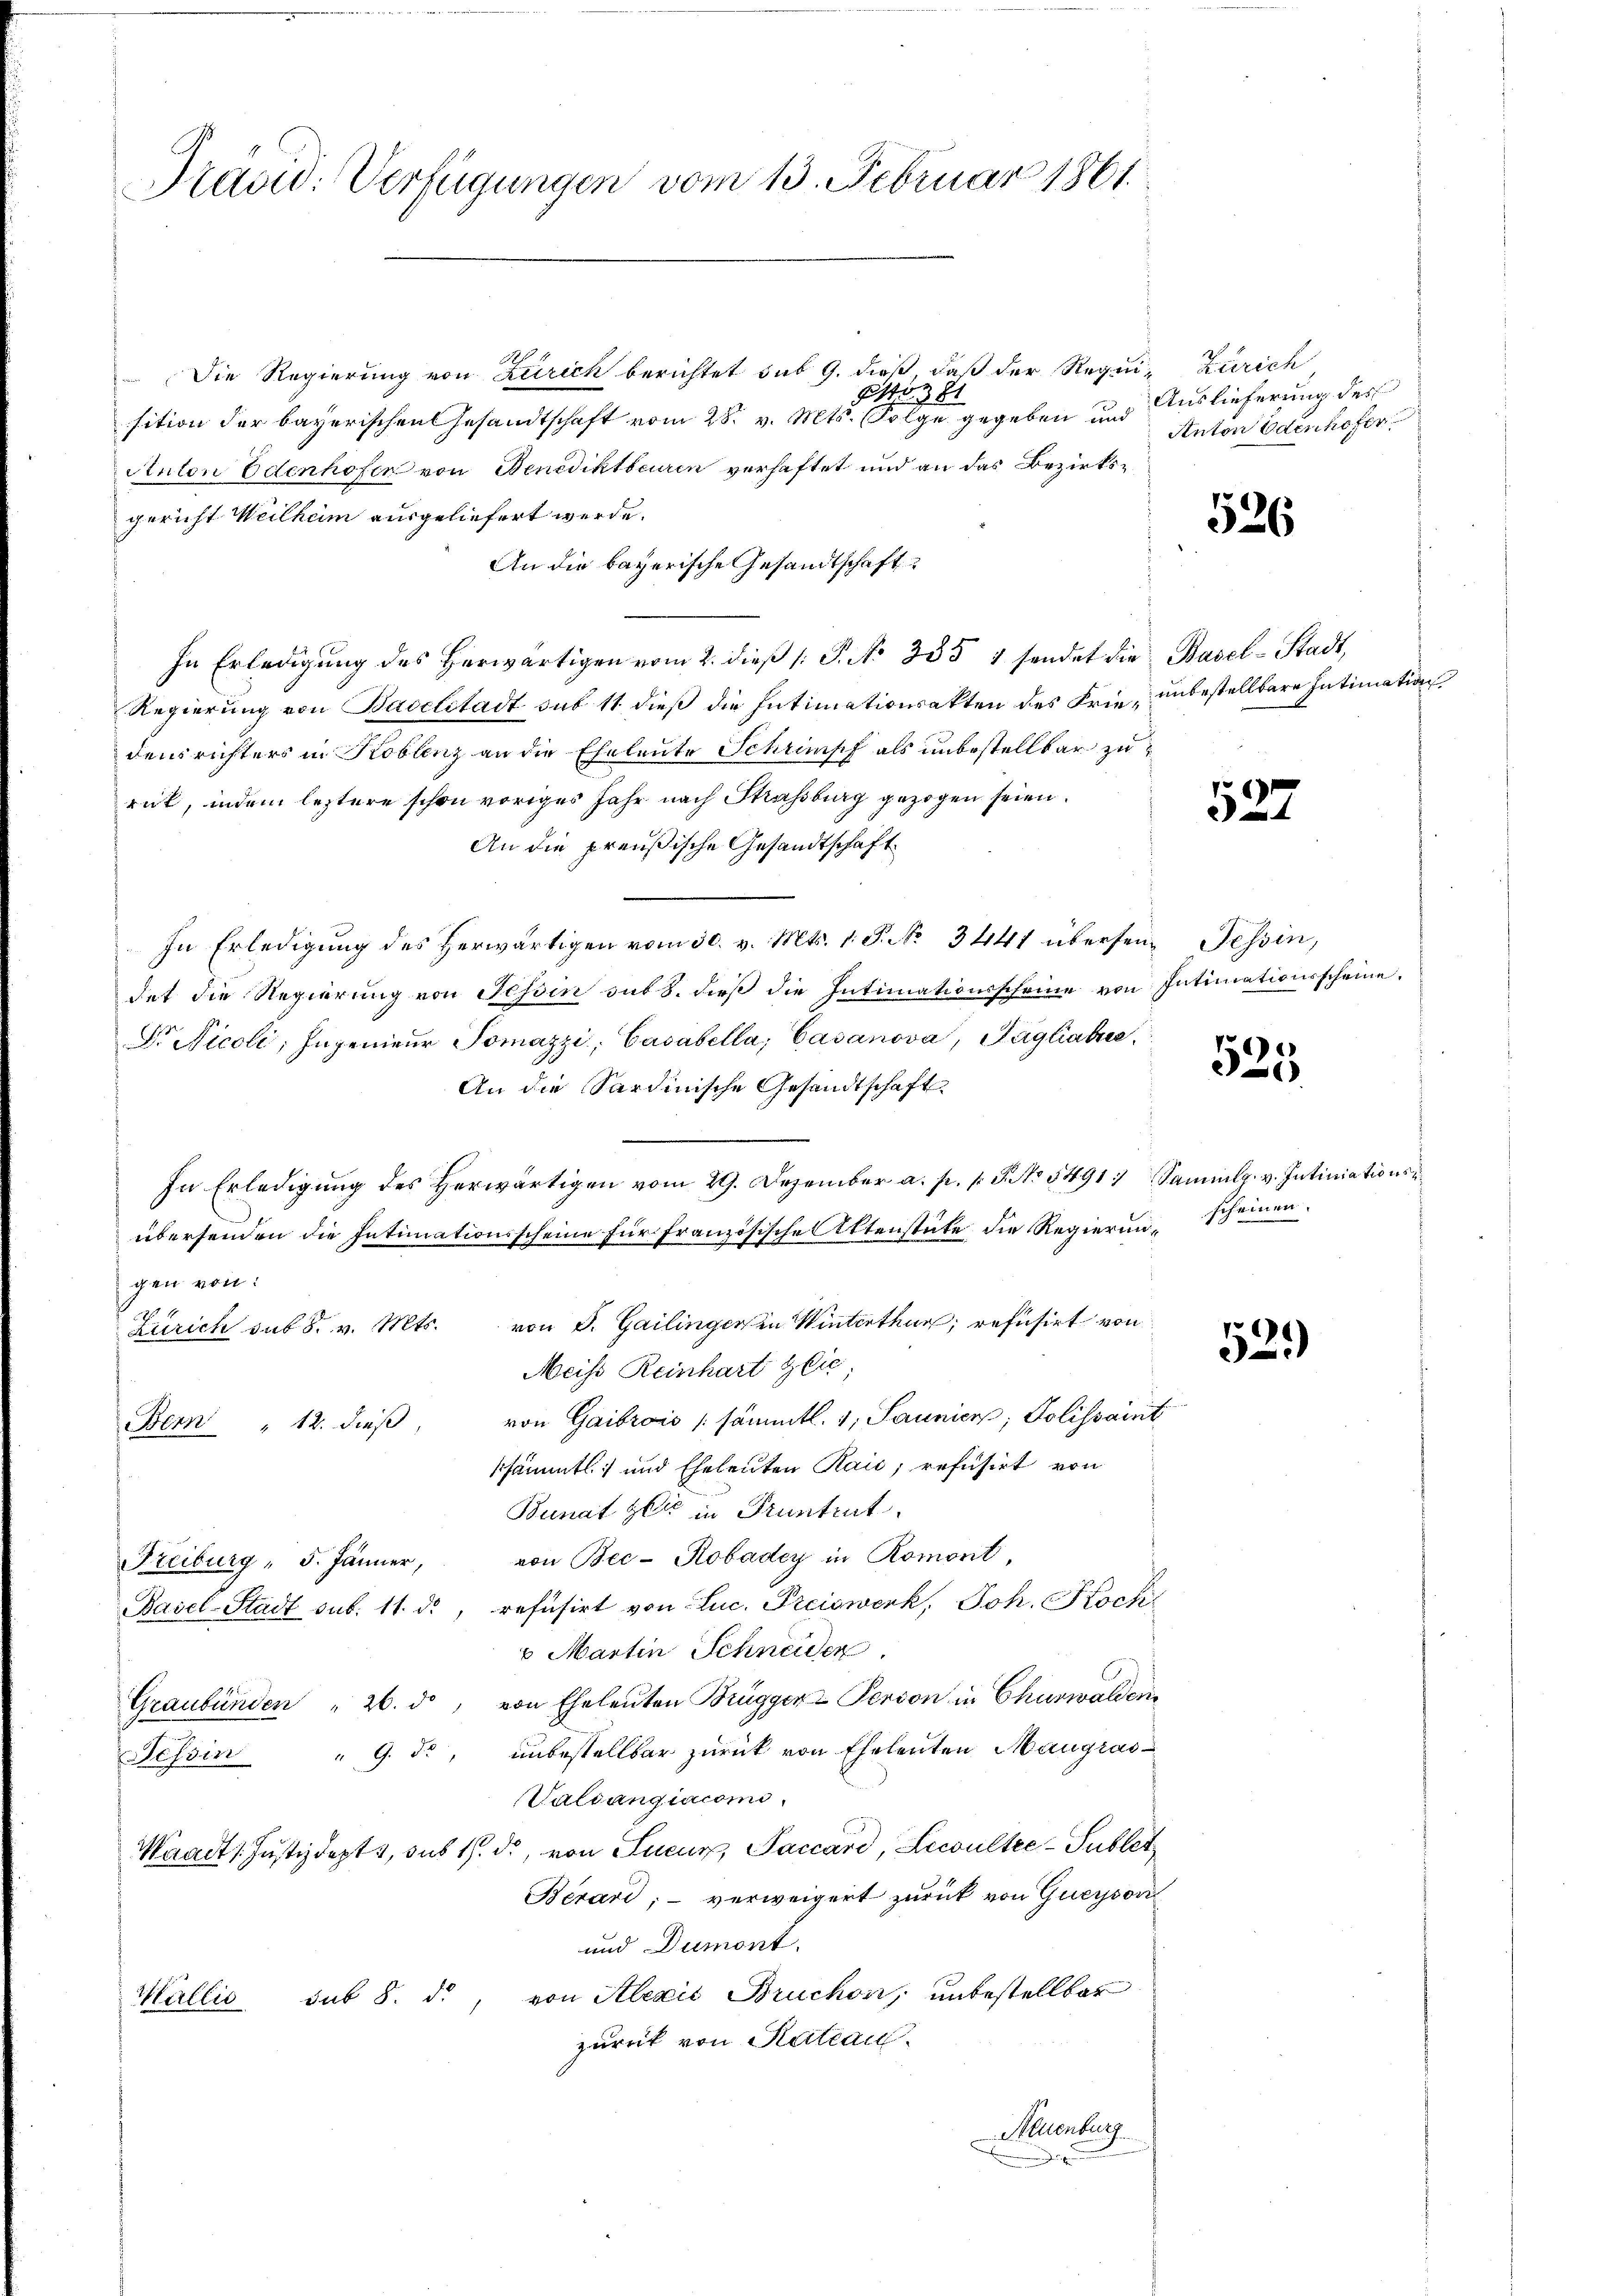
Präsid. Verfügungen vom 13. Februar 1861.

Die Regierung von Zürich berichtet sub 9. dieß, daß der Requi- Zürich
oz 81
sition der bayerischen Gesandtschaft vom 28. v. Mts. Folge gegeben und
Anton Edenhofen von Benediktbeuren verhaftet und an das Bezirksgericht Weilheim ausgeliefert werde.
An die bayerische Gesandtschaft
In Erledigŭng des herwärtigen vom 2. dieβ (: P. No 335 1 sendet die Basel-Stadt,
Regierung von Baselstadt sub 11 dieß die Intimationsakten des Frie- unbestellbare Intimation
densrichters in Koblenz an die Eheleute Schrumpf als unbestellbar zu
rück, indem leztere schon voriges Jahr nach Strassburg gezogen seien.
An die preußische Gesandtschaft
In Erledigŭng des herwärtigen vom 30. v. Mts. 1. P. No. 3441 übersein Tessin,
det die Regierŭng von Tessin sub b. dieβ die Intimationsscheine von Intimationsscheine.
Dr. Nicoli, Ingenieŭr Tomazzi, Casabella, Gasanova, Pagliabie
An die Sardinische Gesandtschaft
In Erledigung des herwärtigen vom 29. Dezember a. p. f. 3. No 5491. Sammlg. v. Intiniationsübersenden die Intimationsscheine für französische Aktenstüte, die Regierung scheinen.
gen von:
Zürich sub 8. v. Mts. von S. Gailinger in Winterthun; refusirt von
Neiss Reinhart Glie
von Gaibrois /: sämmtl. 1, Saunier, Polissaint
Bemn " 12. dieß
ssämmtl. und Eheleuten Rais; refusirt von
Bunat her in Pruntrut
von Bec-Robadey in Romont,
Freiburg " 5. Jänner,
Basel-Stadt sub. 11. d., refusirt von Luc. Preiswerk, Joh. Koch
 Martin Schneiden
Graubünden " 26. ds, von Eheleuten Brügger Person in Churwalden
Tessin " 9. d., unbestellbar zurück von Eheleuten Mangras¬
Valdangiacomi
Waadt (Justizdepts, sub 1. d. von Sucur, Saccard, Lewulter-Sublet
Bérari; - verweigert zurück von Querson
und Dumont.
Wallis sub 8. d., von Alexis Bruchon, unbestellbar
zurück von Ration.
Neuenburg

Auslieferung des
Anton Edenhofer

526

527

e
52

1
)